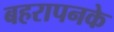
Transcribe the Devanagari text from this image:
बहरापनके